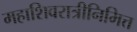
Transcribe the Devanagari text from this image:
महाशिवरात्रीनिमित्त